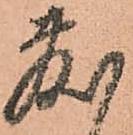
敷